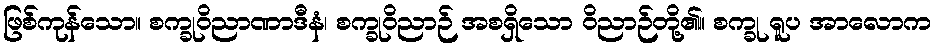
ဖြစ်ကုန်သော။ စက္ခုဝိညာဏာဒီနံ၊ စက္ခုဝိညာဉ် အစရှိသော ဝိညာဉ်တို့၏။ စက္ခု ရူပ အာလောက